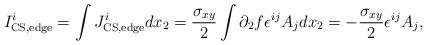
LaTeX: \begin{align*}I^i_{\rm CS,edge}=\int J^i_{\rm CS,edge}dx_2={\sigma_{xy}\over 2}\int \partial_2 f\epsilon^{ij}A_j dx_2=-{\sigma_{xy}\over 2}\epsilon^{ij}A_j,\end{align*}